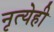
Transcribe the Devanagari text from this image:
नृत्येही